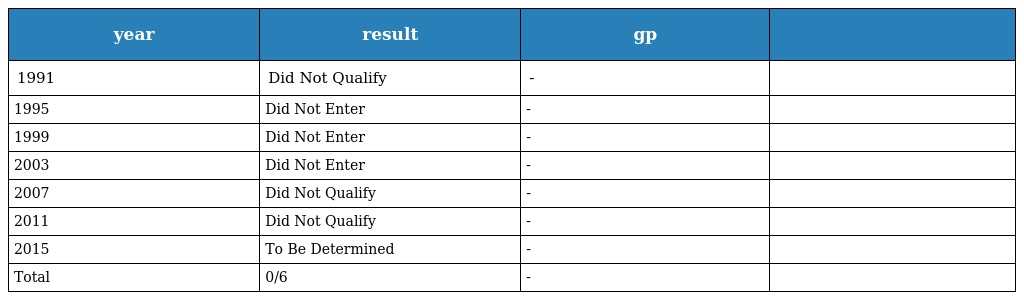
| year | result | gp |  |
 | --- | --- | --- | --- |
 | 1991 | Did Not Qualify | - |  |
 | 1995 | Did Not Enter | - |  |
 | 1999 | Did Not Enter | - |  |
 | 2003 | Did Not Enter | - |  |
 | 2007 | Did Not Qualify | - |  |
 | 2011 | Did Not Qualify | - |  |
 | 2015 | To Be Determined | - |  |
 | Total | 0/6 | - |  |